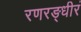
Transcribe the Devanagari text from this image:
रणरङ्धीरं